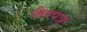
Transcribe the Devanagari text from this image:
जैतपत्र